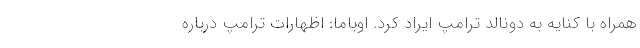
همراه با کنایه به دونالد ترامپ ایراد کرد. اوباما: اظهارات ترامپ درباره